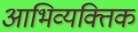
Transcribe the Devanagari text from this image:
आभिव्यक्तिक